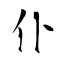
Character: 仆